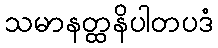
သမာနတ္ထနိပါတပဒံ